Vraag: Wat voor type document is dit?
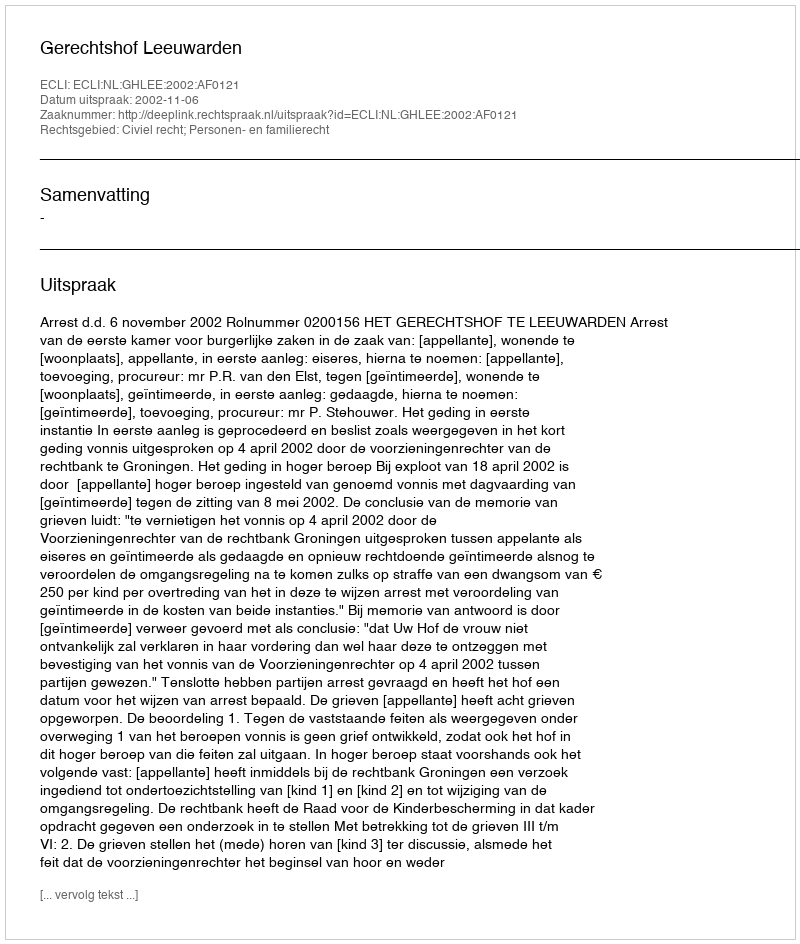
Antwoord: Uitspraak